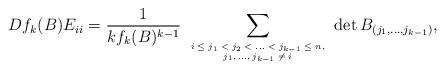
LaTeX: \begin{align*}Df_k(B)E_{ii}=\frac{1}{kf_k(B)^{k-1}} \sum_{\mbox{\tiny$\begin{array}{c}i\leq j_1<j_2<...<j_{k-1}\leq n,\\j_1,...,j_{k-1} \neq i \end{array}$}}\det{B_{(j_1,...,j_{k-1})}},\end{align*}